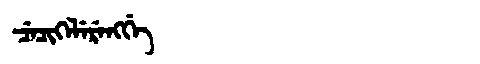
Manchu: ᠴᡝᠴᡳᡴᡝᠯᡝᡵᡝᠩᡤᡝ
Romanization: CECIKELERENGGE